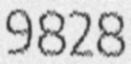
9828